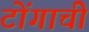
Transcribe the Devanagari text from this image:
टोंगाची